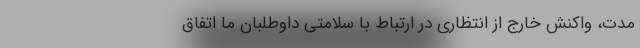
مدت، واکنش خارج از انتظاری در ارتباط با سلامتی داوطلبان ما اتفاق